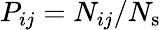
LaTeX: P_{ij}=N_{ij}/N_{\mathrm{s}}